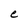
Character: e